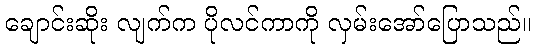
ချောင်းဆိုး လျက်က ပိုလင်ကာကို လှမ်းအော်ပြောသည်။